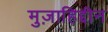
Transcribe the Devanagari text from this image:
मुज़ाहिद्दीन